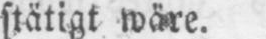
stätigt wäre.